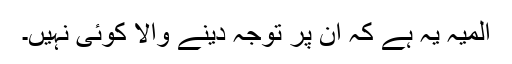
المیہ یہ ہے کہ ان پر توجہ دینے والا کوئی نہیں۔